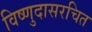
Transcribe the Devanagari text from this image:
विष्णुदासरचित